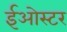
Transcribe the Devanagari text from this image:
ईओस्टर